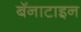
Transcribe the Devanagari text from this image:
बॅनाटाइन